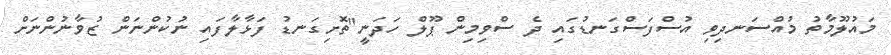
މައުލޫމާތު މުއްސަނދިވި އުސްފަސްގަނޑުގައި ދެ ސްވިމިން ޕޫލް ހަދަނީ"ތޮށިގަނޑު ފަޅާލާފައި ނުކުންނަން ޒުވާނުންނަށް